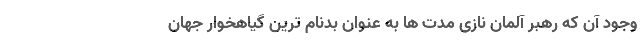
وجود آن که رهبر آلمان نازی مدت ها به عنوان بدنام ترین گیاهخوار جهان